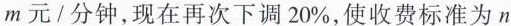
m元/分钟，现在再次下调20%，使收费标准为n